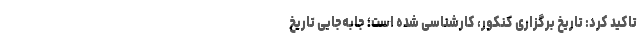
تاکید کرد: تاریخ برگزاری کنکور، کارشناسی شده است؛ جابه‌جایی تاریخ